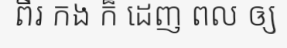
ពីរ កង ក៏ ដេញ ពល ឲ្យ